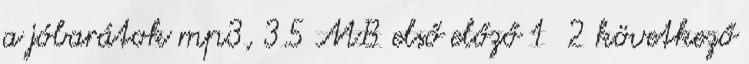
a jóbarátok mp3, 3.5 MB első előző 1 2 következő